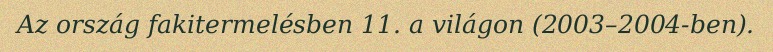
Az ország fakitermelésben 11. a világon (2003–2004-ben).